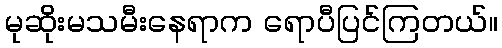
မုဆိုးမသမီးနေရာက ရောပီပြင်ကြတယ်။